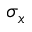
\sigma _ { x }